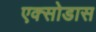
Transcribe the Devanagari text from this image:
एक्सोडास